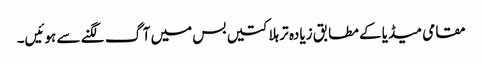
مقامی میڈیا کے مطابق زیادہ تر ہلاکتیں بس میں آگ لگنے سے ہوئیں۔